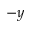
- y